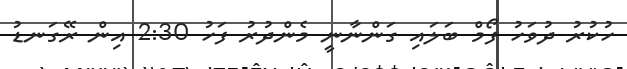
ހުކުރު ދުވަހު ފޯމް ބަލައި ގަންނާނީ މެންދުރު ފަހު 2:30 އިން ރޭގަނޑު